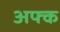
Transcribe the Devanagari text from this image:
अफ्क